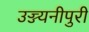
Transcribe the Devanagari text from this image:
उज्ज्यनीपुरी